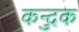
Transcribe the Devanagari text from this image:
कन्दुक